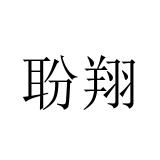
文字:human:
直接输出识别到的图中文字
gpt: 聁翔